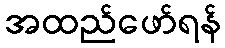
အထည်ဖော်ရန်